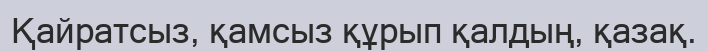
Қайратсыз, қамсыз құрып қалдың, қазақ.